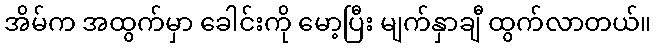
အိမ်က အထွက်မှာ ခေါင်းကို မော့ပြီး မျက်နှာချီ ထွက်လာတယ်။